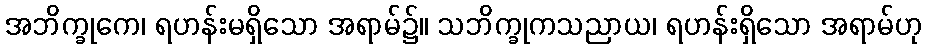
အဘိက္ခုကေ၊ ရဟန်းမရှိသော အရာမ်၌။ သဘိက္ခုကသညာယ၊ ရဟန်းရှိသော အရာမ်ဟု